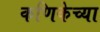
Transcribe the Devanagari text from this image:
कणिकेच्या